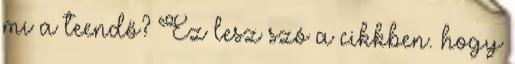
mi a teendő? Ez lesz szó a cikkben. hogy